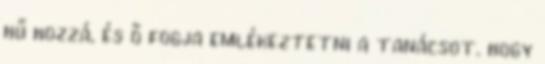
hű hozzá, és ő fogja emlékeztetni a tanácsot. hogy